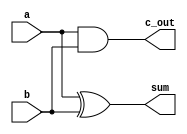
//this is a gate-level modeling

module add_half_glv(sum, c_out, a, b);

	input a, b;
	output sum, c_out;
	wire c_out_bar;
	
	// xor (a, b) is the sum
	xor xl(sum, a, b);

	//	nand (a, b) goes to c_out_bar
	nand nl(c_out_bar, a, b);
	// not (c_out_bar) is the carry
	not (c_out, c_out_bar);
	
//	and al(c_out, a, b);
	
endmodule